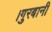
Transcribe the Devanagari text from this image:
।गुरबानी